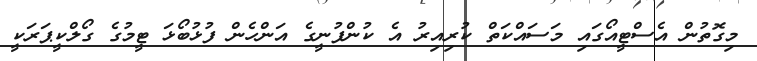
މިގޮތުން އެސްޓީއޯގައި މަސައްކަތް ކުރިއިރު އެ ކުންފުނީގެ އަންހެން ފުޅުބޯޅަ ޓީމުގެ ގޯލްކީޕަރަކީ